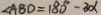
\angle A B D = 1 8 0 ^ { \circ } - 3 \alpha